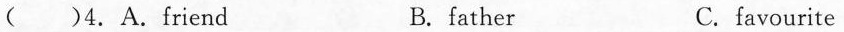
( )4.A.Friend B. father C. favourite